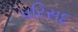
પરિસદ